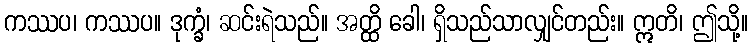
ကဿပ၊ ကဿပ။ ဒုက္ခံ၊ ဆင်းရဲသည်။ အတ္ထိ ခေါ၊ ရှိသည်သာလျှင်တည်း။ ဣတိ၊ ဤသို့။